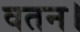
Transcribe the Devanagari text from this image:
वतन।